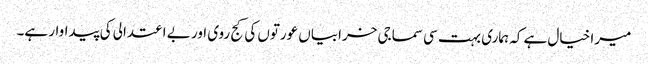
میرا خیال ہے کہ ہماری بہت سی سماجی خرابیاں عورتوں کی کج روی اور بے اعتدالی کی پیداوار ہے۔